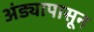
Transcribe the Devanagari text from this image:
अंड्यापासून